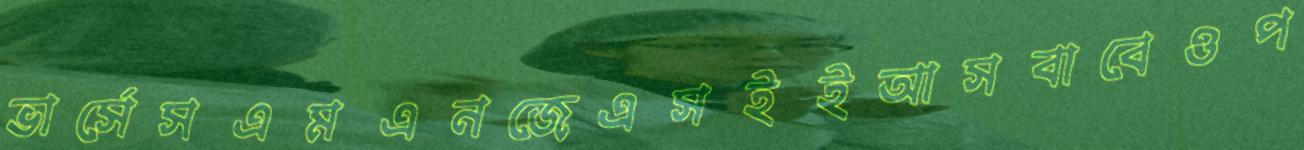
ভার্সেসএমএনজেএসইইআসবাবেওপ